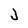
Character: J